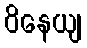
ဝိနေယျ